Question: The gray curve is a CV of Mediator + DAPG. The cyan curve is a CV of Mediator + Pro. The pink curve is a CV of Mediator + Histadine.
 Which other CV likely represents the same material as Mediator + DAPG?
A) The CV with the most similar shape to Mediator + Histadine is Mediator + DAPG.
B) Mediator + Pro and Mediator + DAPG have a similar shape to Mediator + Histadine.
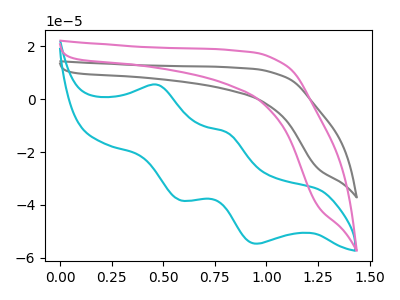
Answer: <think>The gray curve "Mediator + DAPG" has no peaks. The cyan curve "Mediator + Pro" has anodic peaks at (0.45V, 5.40uA) (0.80V, -12.60uA) and cathodic peaks at (0.60V, -38.20uA) (0.95V, -54.65uA). The pink curve "Mediator + Histadine" has no peaks.
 "Mediator + DAPG" and "Mediator + Pro" have a different number of peaks. Neither "Mediator + DAPG" or "Mediator + Histadine" have any peaks. "Mediator + Pro" and "Mediator + Histadine" have a different number of peaks.</think>
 <answer>A) The CV with the most similar shape to "Mediator + Histadine" is "Mediator + DAPG".</answer>
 <eval>A</eval>